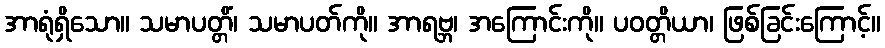
အာရုံရှိသော။ သမာပတ္တိံ၊ သမာပတ်ကို။ အာရဗ္ဘ၊ အကြောင်းကို။ ပဝတ္တိယာ၊ ဖြစ်ခြင်းကြောင့်။